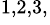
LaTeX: ^{1,2,3,}